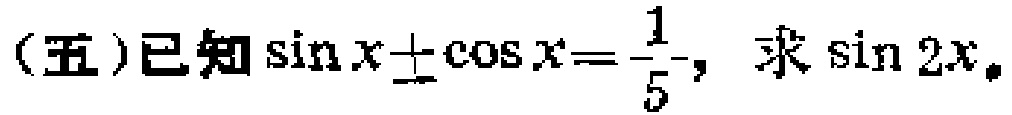
(五)已知\(\sin x\pm\cos x = \frac{1}{5}\)，求\(\sin 2x\)。